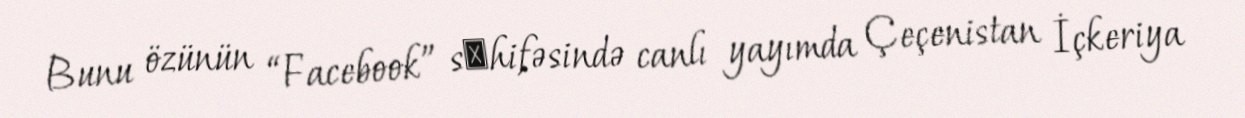
Bunu özünün “Facebook” sэhifəsində canlı yayımda Çeçenistan İçkeriya